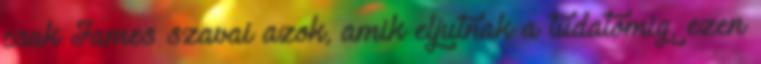
csak James szavai azok, amik eljutnak a tudatomig, ezen